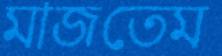
মাজতেম